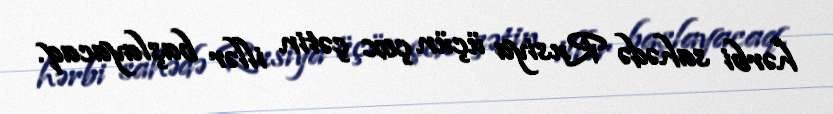
hərbi sahədə Rusiya üçün çox çətin illər başlayacaq.